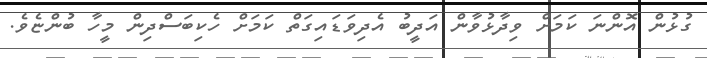
ގުޅުން އޮންނަ ކަމަށް ވިދާޅުވާން އަދީބު އެދިވަޑައިގަތް ކަމަށް ހެކިބަސްދިން މީހާ ބުންޏެވެ.